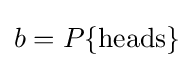
b=P\{{\textrm {heads}}\}